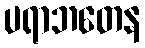
ပရာဘတေန